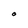
Character: O